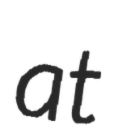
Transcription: at